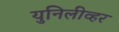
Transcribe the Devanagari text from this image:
युनिलीव्हर